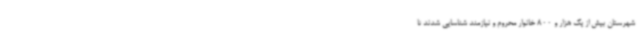
شهرستان بیش از یک هزار و 800 خانوار محروم و نیازمند شناسایی شدند تا